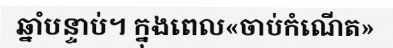
ឆ្នាំបន្ទាប់។ ក្នុងពេល«ចាប់កំណើត»